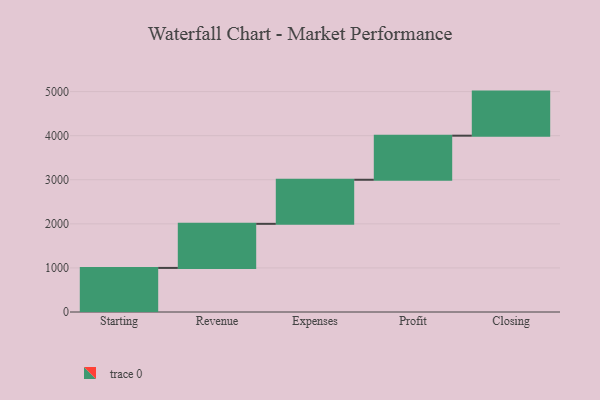
{"axis": {"x": "Step", "y": "Value"}, "legend": [""], "data": [{"x": "Starting", "y": 1000, "type": ""}, {"x": "Revenue", "y": 1000, "type": ""}, {"x": "Expenses", "y": 1000, "type": ""}, {"x": "Profit", "y": 1000, "type": ""}, {"x": "Closing", "y": 1000, "type": ""}]}